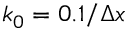
k _ { 0 } = 0 . 1 / \Delta x